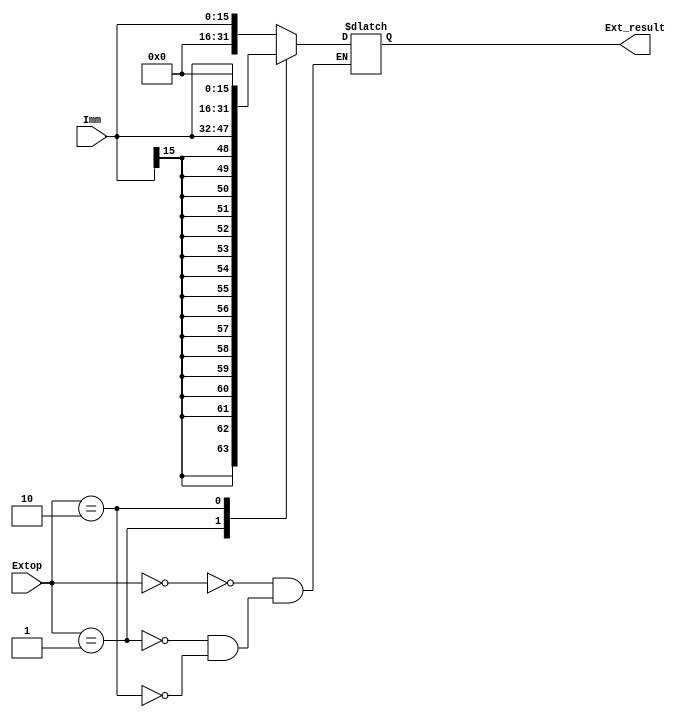
`timescale 1ns / 1ps


module Extender_20090121(
    input [15:0]Imm,
    input [1:0]Extop,
    output reg [31:0]Ext_result
    );
    

    always@(*)
    begin
        case(Extop)
            2'b00: Ext_result <= { {16{1'b0}} , Imm };           // 
            2'b01: Ext_result <= { {16{Imm[15]}} , Imm};         // 
            2'b10: Ext_result <= { Imm , {16{1'b0}} };           // lui
        endcase
    end

endmodule